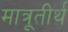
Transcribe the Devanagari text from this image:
मात्रूतीर्थ